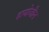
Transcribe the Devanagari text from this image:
दायोजीन